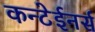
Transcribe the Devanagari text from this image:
कन्टेईनर्स